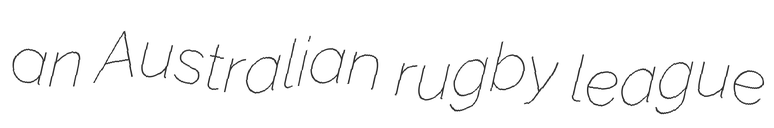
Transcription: an Australian rugby league